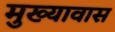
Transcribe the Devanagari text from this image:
मुख्यावास